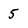
Character: 5